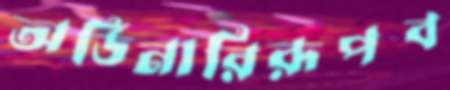
অর্ডিনারিরূপব